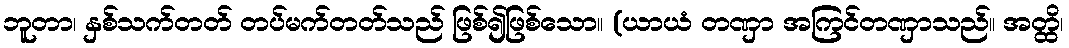
ဘူတာ၊ နှစ်သက်တတ် တပ်မက်တတ်သည် ဖြစ်၍ဖြစ်သော။ (ယာယံ တဏှာ အကြင်တဏှာသည်။ အတ္ထိ၊